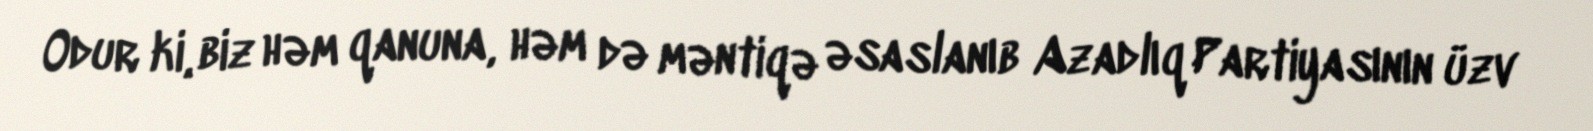
Odur ki, biz həm qanuna, həm də məntiqə əsaslanıb Azadlıq Partiyasının üzv